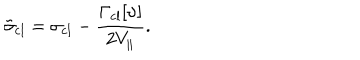
LaTeX: \tilde { \sigma } _ { \mathrm { c l } } = \sigma _ { \mathrm { c l } } - \frac { \Gamma _ { \mathrm { c l } } [ \upsilon ] } { 2 V _ { \| } } .